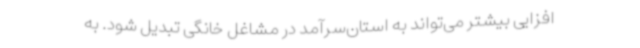
افزایی بیشتر می‌تواند به استان‌سرآمد در مشاغل خانگی تبدیل شود. به